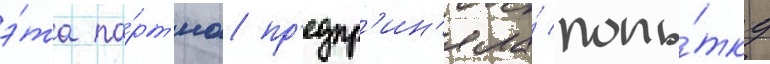
э́та па́рт'иа пр'едпр'ин'яла́ попы́тку